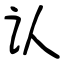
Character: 认